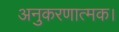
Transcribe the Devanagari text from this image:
अनुकरणात्मक।